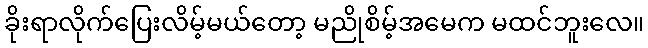
ခိုးရာလိုက်ပြေးလိမ့်မယ်တော့ မညိုစိမ့်အမေက မထင်ဘူးလေ။